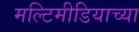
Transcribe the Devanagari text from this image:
मल्टिमीडियाच्या